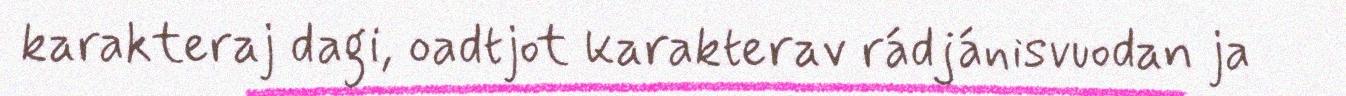
karakteraj dagi, oadtjot karakterav rádjánisvuodan ja